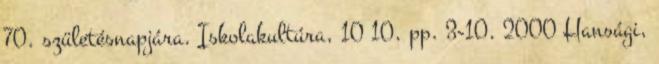
70. születésnapjára. Iskolakultúra, 10 10. pp. 3-10. 2000 Hansági,